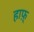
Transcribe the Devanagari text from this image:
हाफ़्